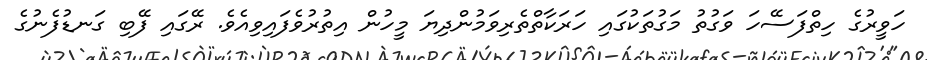
ހަވީރުގެ ހިތްފަސޭހަ ވަގުތު މަގުތަކުގައި ހަރަކާތްތެރިވަމުންދިޔަ މީހުން އިތުރުވެފައިވިއެވެ. ރޭގައި ފޭބި ގަނޑުފެނުގެ